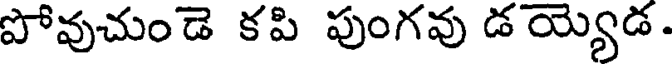
పోవుచుండె కపి పుంగవు డయ్యెడ.